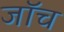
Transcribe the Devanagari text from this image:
जाॅच